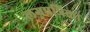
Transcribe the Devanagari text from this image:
लग्नपत्रिका